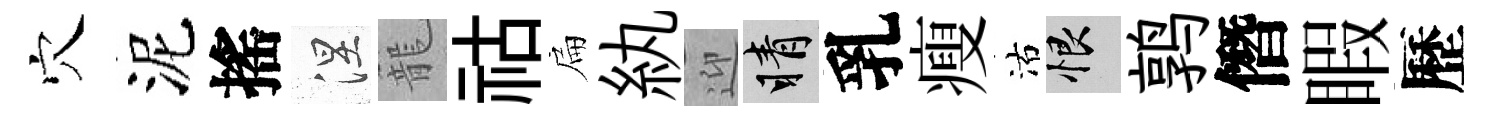
穴泥搖涅籠祜扁紈迎睛乳瘦沽恨鹑僭睱歷